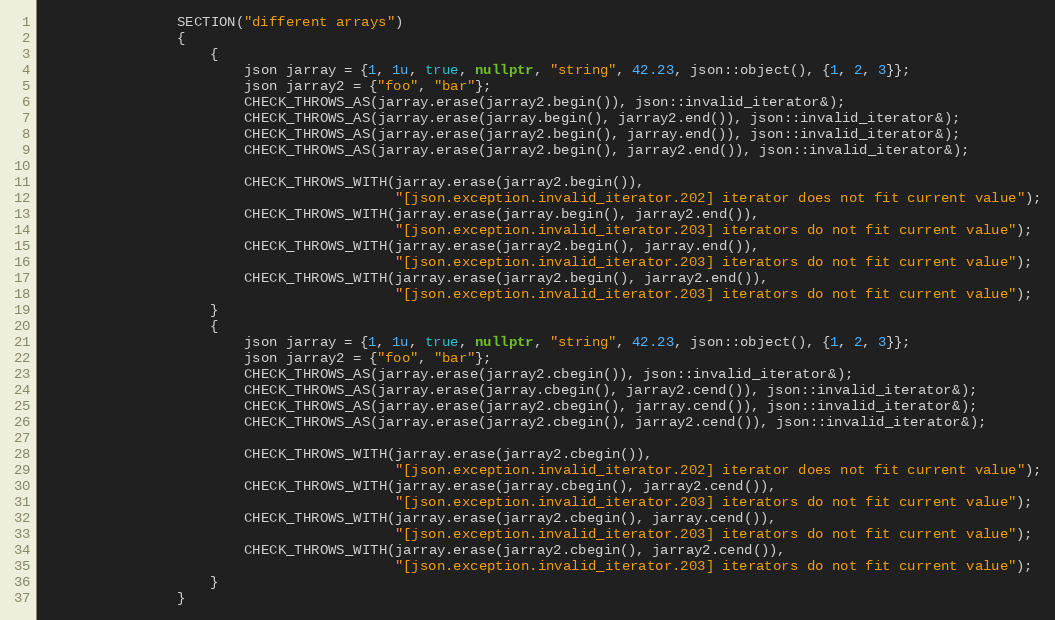
Language: C++
                SECTION("different arrays")
                {
                    {
                        json jarray = {1, 1u, true, nullptr, "string", 42.23, json::object(), {1, 2, 3}};
                        json jarray2 = {"foo", "bar"};
                        CHECK_THROWS_AS(jarray.erase(jarray2.begin()), json::invalid_iterator&);
                        CHECK_THROWS_AS(jarray.erase(jarray.begin(), jarray2.end()), json::invalid_iterator&);
                        CHECK_THROWS_AS(jarray.erase(jarray2.begin(), jarray.end()), json::invalid_iterator&);
                        CHECK_THROWS_AS(jarray.erase(jarray2.begin(), jarray2.end()), json::invalid_iterator&);

                        CHECK_THROWS_WITH(jarray.erase(jarray2.begin()),
                                          "[json.exception.invalid_iterator.202] iterator does not fit current value");
                        CHECK_THROWS_WITH(jarray.erase(jarray.begin(), jarray2.end()),
                                          "[json.exception.invalid_iterator.203] iterators do not fit current value");
                        CHECK_THROWS_WITH(jarray.erase(jarray2.begin(), jarray.end()),
                                          "[json.exception.invalid_iterator.203] iterators do not fit current value");
                        CHECK_THROWS_WITH(jarray.erase(jarray2.begin(), jarray2.end()),
                                          "[json.exception.invalid_iterator.203] iterators do not fit current value");
                    }
                    {
                        json jarray = {1, 1u, true, nullptr, "string", 42.23, json::object(), {1, 2, 3}};
                        json jarray2 = {"foo", "bar"};
                        CHECK_THROWS_AS(jarray.erase(jarray2.cbegin()), json::invalid_iterator&);
                        CHECK_THROWS_AS(jarray.erase(jarray.cbegin(), jarray2.cend()), json::invalid_iterator&);
                        CHECK_THROWS_AS(jarray.erase(jarray2.cbegin(), jarray.cend()), json::invalid_iterator&);
                        CHECK_THROWS_AS(jarray.erase(jarray2.cbegin(), jarray2.cend()), json::invalid_iterator&);

                        CHECK_THROWS_WITH(jarray.erase(jarray2.cbegin()),
                                          "[json.exception.invalid_iterator.202] iterator does not fit current value");
                        CHECK_THROWS_WITH(jarray.erase(jarray.cbegin(), jarray2.cend()),
                                          "[json.exception.invalid_iterator.203] iterators do not fit current value");
                        CHECK_THROWS_WITH(jarray.erase(jarray2.cbegin(), jarray.cend()),
                                          "[json.exception.invalid_iterator.203] iterators do not fit current value");
                        CHECK_THROWS_WITH(jarray.erase(jarray2.cbegin(), jarray2.cend()),
                                          "[json.exception.invalid_iterator.203] iterators do not fit current value");
                    }
                }